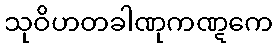
သုဝိဟတခါဏုကဏ္ဋကေ